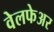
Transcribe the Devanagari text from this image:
वेलफेअर